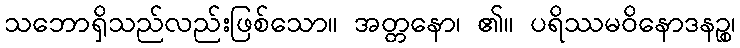
သဘောရှိသည်လည်းဖြစ်သော။ အတ္တနော၊ ၏။ ပရိဿမဝိနောဒနဉ္စ၊